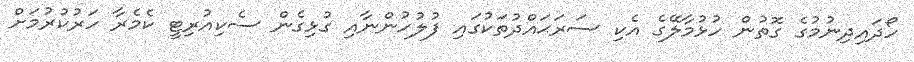
ހޯދައިދިނުމުގެ ގޮތުން ހުޅުމާލޭގެ އެކި ސަރަޙައްދުތަކުގައި ފުލުހުންނާއި ގުޅިގެން ސެކިއުރިޓީ ކެމެރާ ހަރުކުރުމަށް